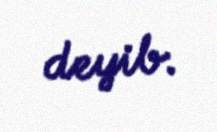
deyib.